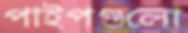
পাইপগুলো